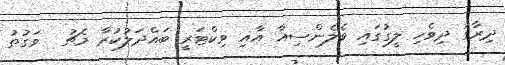
ދިރާގު ދިވެހި ލީގުގައި ވެލެންސިއާ އާއި ވިކްޓަރީ ބައްދަލުކުރާ މެޗު  ވަގުތު